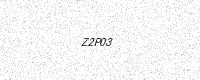
Text: Z2P03